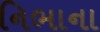
નિભાના